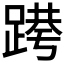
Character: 𰸝